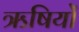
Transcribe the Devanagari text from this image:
ऋषियों